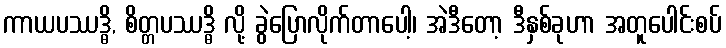
ကာယပဿဒ္ဓိ, စိတ္တပဿဒ္ဓိ လို့ ခွဲပြောလိုက်တာပေါ့၊ အဲဒီတော့ ဒီနှစ်ခုဟာ အတူပေါင်းစပ်